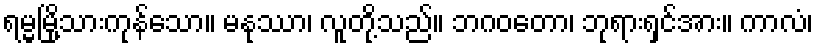
ရမ္မမြို့သားကုန်သော။ မနုဿာ၊ လူတို့သည်။ ဘဂဝတော၊ ဘုရားရှင်အား။ ကာလံ၊